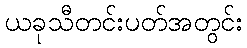
ယခုသီတင်းပတ်အတွင်း